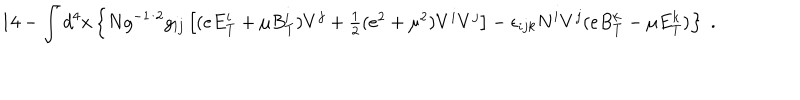
LaTeX: 1 4 - \int d ^ { 4 } x \left\{ N g ^ { - 1 / 2 } g _ { i j } \left[ ( e E _ { T } ^ { i } + \mu B _ { T } ^ { i } ) V ^ { j } + \textstyle { \frac { 1 } { 2 } } ( e ^ { 2 } + \mu ^ { 2 } ) V ^ { i } V ^ { j } \right] - \epsilon _ { i j k } N ^ { i } V ^ { j } ( e B _ { T } ^ { k } - \mu E _ { T } ^ { k } ) \right\} \; .